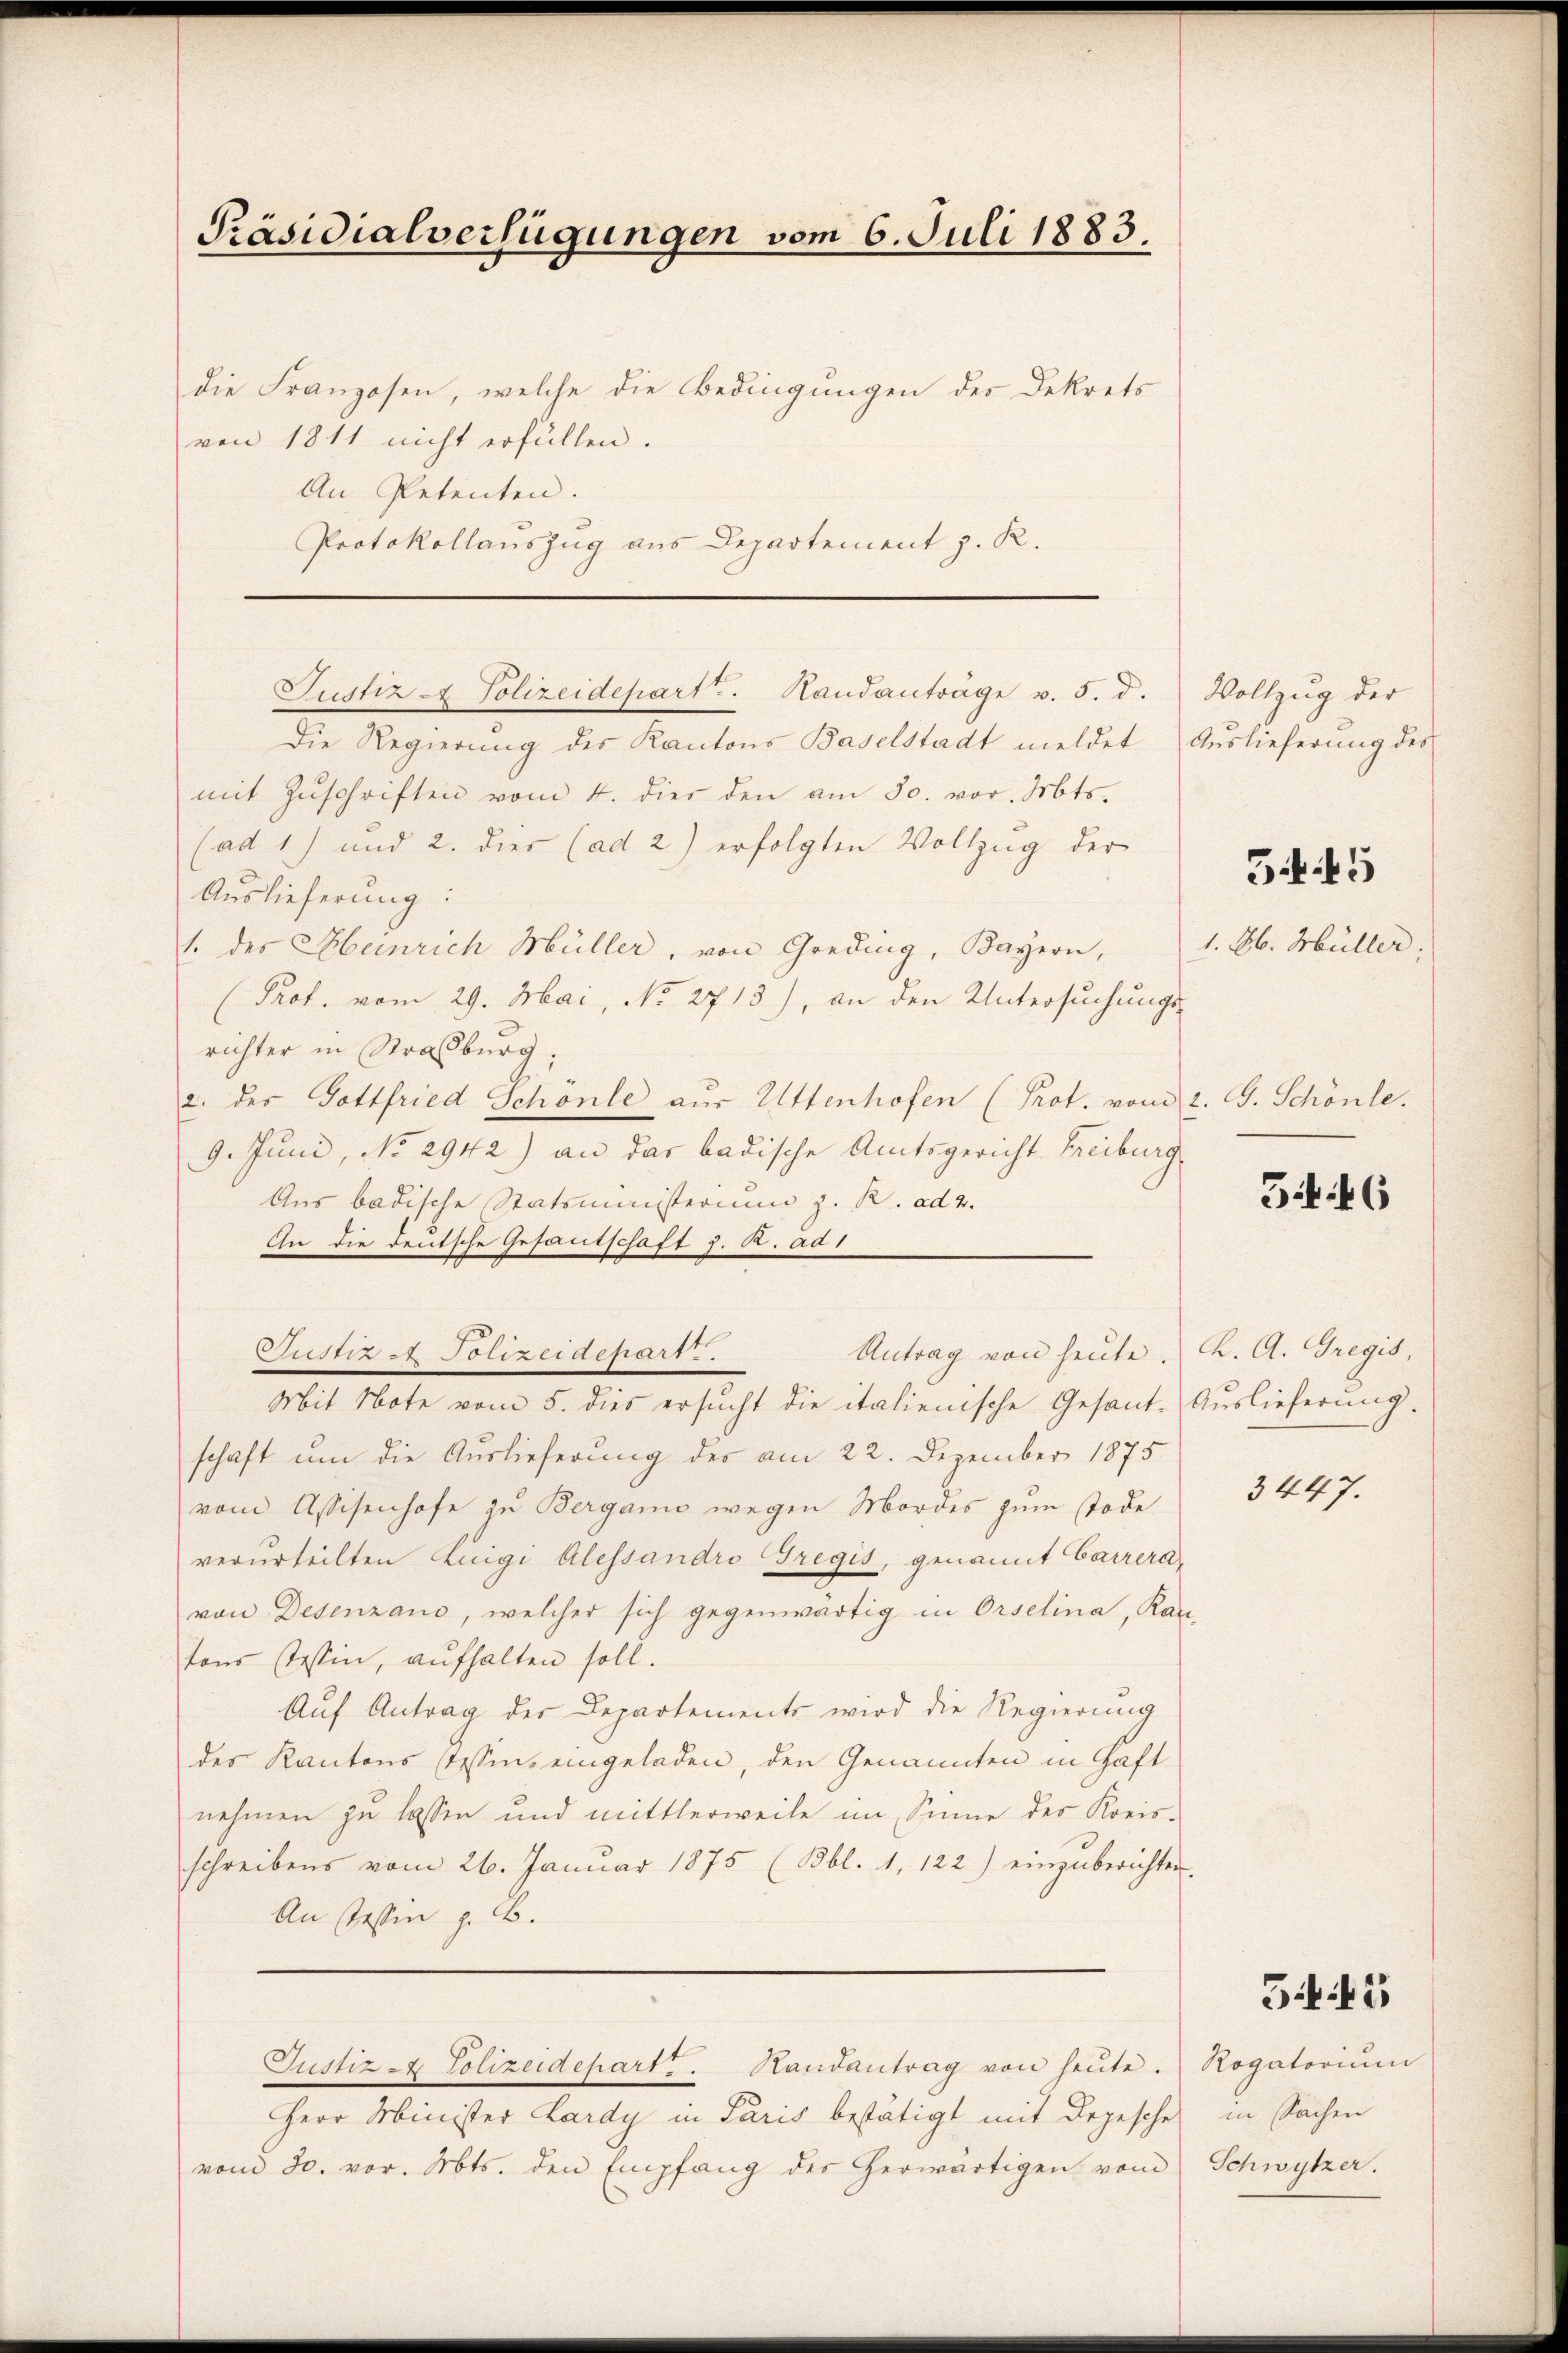
Protokollauszug aus Departement z. R.

Präsidialverfügungen vom 6. Juli 1883.
die Franzosen, welche die Bedingungen des Dekrets
von 1811 nicht erfüllen.
An Petenten.

Justiz - Polizeidepart. Randanträge v. 5. d.

Die Regierung des Kantons Baselstadt meldet Auslieferung des
mit Zŭschriften vom 4. dies den am 30. vor. Mts.
(ad 1) und 2. dies (ad 2) erfolgten Vollzug der
Auslieferung:
1. des Heinrich Müller, von Greding, Bayern,
Prof. vom 29. Mai, No 2713), an den Untersuchungs-
richter in Strassburg;
2. des Gottfried Schönle aŭs Uttenhofen (Prot. vom 2. G. Schönle.
9. Juni, No 2942) an das badische Amtsgericht Freiburg
Aus badische Statsministerium z. R. ad 2.
An die deutsche Gesandschaft z. R. ad 1
Mit Note vom 5. dies ersŭcht die italienische Gesant-Auslieferung.
schaft um die Auslieferung des am 22. Dezember 1875
vom Assisenhofe zu Berganis wegen Mordes zum Tode
verurteilten Luigi Alessandro Gregis, genannt Carrera,
von Desenzano, welcher sich gegenwärtig in Orselina, Kan
tons Tessin, aŭfhalten soll.
Aŭf Antrag der Departements wird die Regierung
des Kantons (Tessin, eingeladen, den Genannten in Haft
nehmen zu lassen und mittlerweile im Sinne des Kreis-
schreibens vom 26. Januar 1875 (Bbl. 1, 122) einzŭberichten.
An sein z. B.
Justiz- & Polizeidepart . Handantrag von heŭte. Rogatoriŭm
Herr Minister Lardy in Paris bestätigt mit Depesche
vom 30. vor. Mts. den Empfang der herwärtigen vom

Susz a Polizeidepart

Antrag von heute. K. A. Gregis,

Vollzug der

3445

1. Jb. Hüller,

346

3447.

545

in Sachen
Schwytzer.